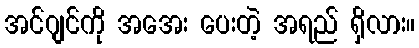
အင်ဂျင်ကို အအေး ပေးတဲ့ အရည် ရှိလား။